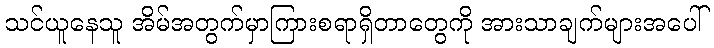
သင်ယူနေသူ အိမ်အတွက်မှာကြားစရာရှိတာတွေကို အားသာချက်များအပေါ်